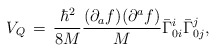
\begin{align*}V_{Q}\,=\,\frac{{\hbar}^{2}}{8M}\frac{(\partial_{a}f)(\partial^{a}f)}{M}{\bar{\Gamma}}^{i}_{0i} {\bar{\Gamma}}^{j}_{0j},\end{align*}